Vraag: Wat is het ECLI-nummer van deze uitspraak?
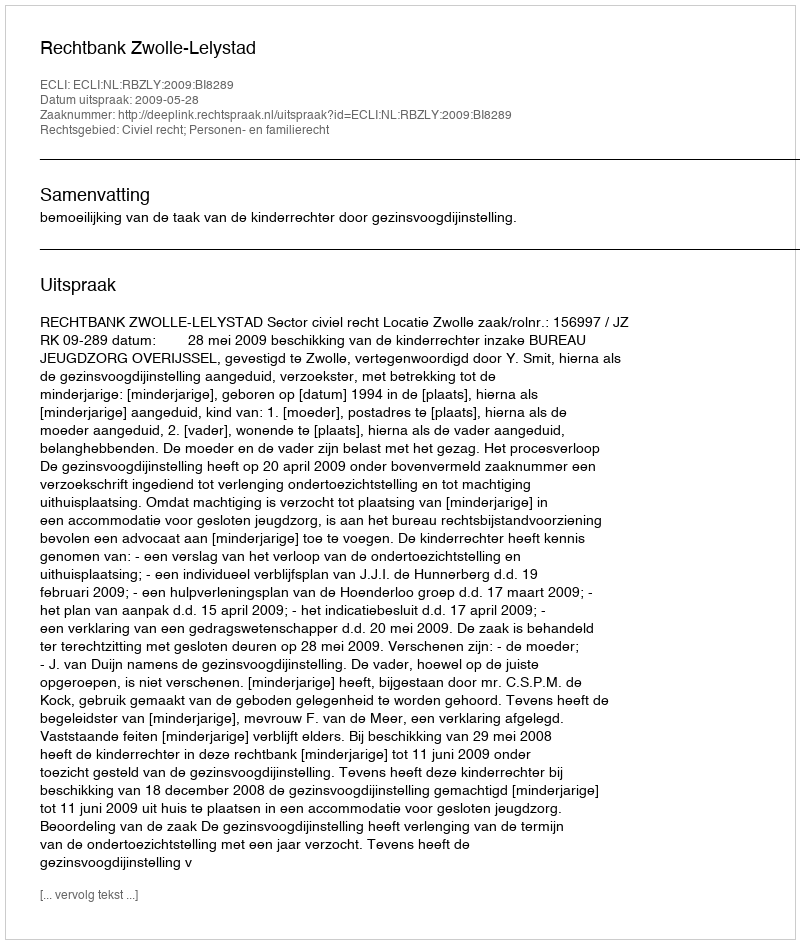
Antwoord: ECLI:NL:RBZLY:2009:BI8289